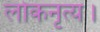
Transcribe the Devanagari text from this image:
लोकनृत्य।